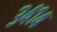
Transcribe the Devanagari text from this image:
३४१४